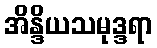
အိန္ဒိယသမုဒ္ဒရာ